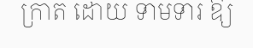
ក្រាត ដោយ ទាមទារ ឱ្យ